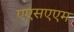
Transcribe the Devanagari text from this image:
एएसएएम